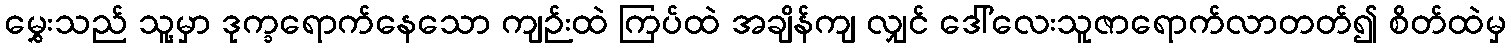
မွှေးသည် သူ့မှာ ဒုက္ခရောက်နေသော ကျဉ်းထဲ ကြပ်ထဲ အချိန်ကျ လျှင် ဒေါ်လေးသူဇာရောက်လာတတ်၍ စိတ်ထဲမှ